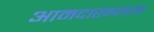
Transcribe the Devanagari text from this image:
आमदारपदाच्या